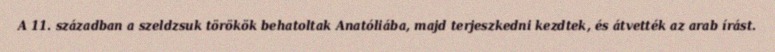
A 11. században a szeldzsuk törökök behatoltak Anatóliába, majd terjeszkedni kezdtek, és átvették az arab írást.